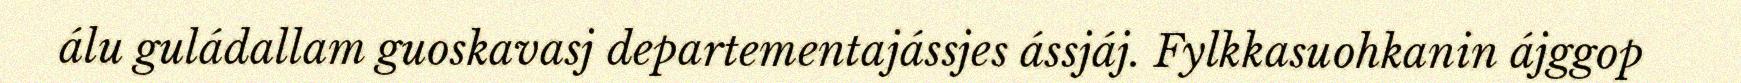
álu guládallam guoskavasj departementajássjes ássjáj. Fylkkasuohkanin ájggop